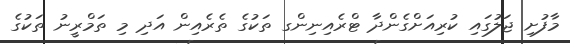
މާފުށި ޖަލުގައި ކުރިއަށްގެންދާ ޓްރެއިނިންގ ތަކުގެ ތެރެއިން އަދި މި ތަމްރީނު ތަކުގެ